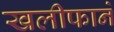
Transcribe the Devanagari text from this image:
खलीफाने